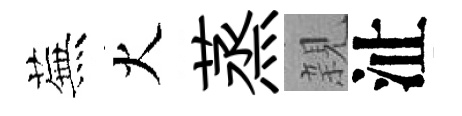
蕪火蒸親沚